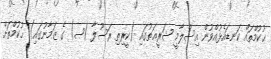
ޙުކުމްތައް ކަނޑައެޅުއްވުން އިސްލާމީ ޝަރީޢަތުގައި (ކީރިތި ރަސޫލާ (ޞ) ގެ ޒަމާނުގައި) ޙުކުމްތަށް